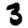
Digit: 3